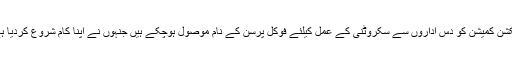
الیکشن کمیشن کو دس اداروں سے سکروٹنی کے عمل کیلئے فوکل پرسن کے نام موصول ہوچکے ہیں جنہوں نے اپنا کام شروع کردیا ہے۔